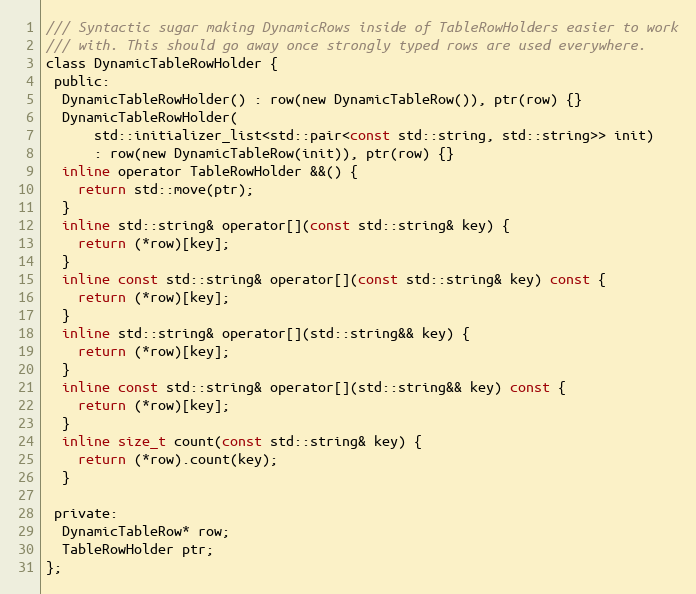
Language: C
/// Syntactic sugar making DynamicRows inside of TableRowHolders easier to work
/// with. This should go away once strongly typed rows are used everywhere.
class DynamicTableRowHolder {
 public:
  DynamicTableRowHolder() : row(new DynamicTableRow()), ptr(row) {}
  DynamicTableRowHolder(
      std::initializer_list<std::pair<const std::string, std::string>> init)
      : row(new DynamicTableRow(init)), ptr(row) {}
  inline operator TableRowHolder &&() {
    return std::move(ptr);
  }
  inline std::string& operator[](const std::string& key) {
    return (*row)[key];
  }
  inline const std::string& operator[](const std::string& key) const {
    return (*row)[key];
  }
  inline std::string& operator[](std::string&& key) {
    return (*row)[key];
  }
  inline const std::string& operator[](std::string&& key) const {
    return (*row)[key];
  }
  inline size_t count(const std::string& key) {
    return (*row).count(key);
  }

 private:
  DynamicTableRow* row;
  TableRowHolder ptr;
};